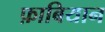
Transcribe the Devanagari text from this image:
फ़ाबियान